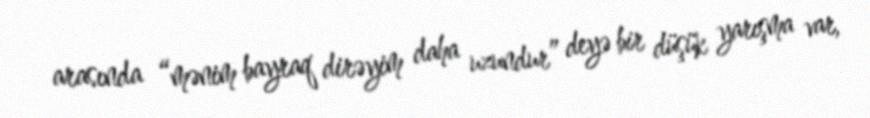
arasında “mənim bayraq dirəyim daha uzundur” deyə bir düşük yarışma var,